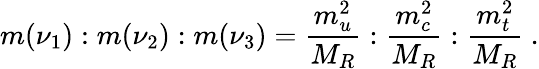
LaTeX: m(\nu_{1}):m(\nu_{2}):m(\nu_{3})=\frac{m_{u}^{2}}{M_{R}}:\frac{m_{c}^{2}}{M_{R}}:\frac{m_{t}^{2}}{M_{R}}~.